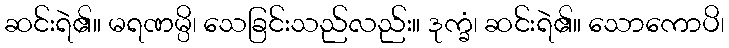
ဆင်းရဲ၏။ မရဏမ္ပိ၊ သေခြင်းသည်လည်း။ ဒုက္ခံ၊ ဆင်းရဲ၏။ သောကောပိ၊